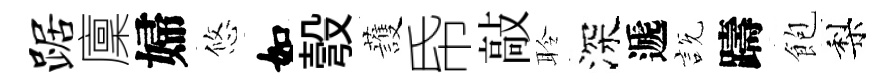
踞廩婦悠如彀䕶帋敲聆深遞説躊飽梨